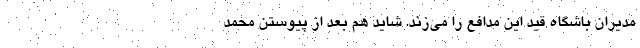
مدیران باشگاه قید این مدافع را می‌زند. شاید هم بعد از پیوستن محمد